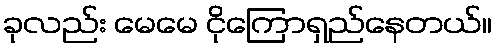
ခုလည်း မေမေ ငိုကြောရှည်နေတယ်။